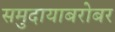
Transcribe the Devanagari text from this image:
समुदायाबरोबर